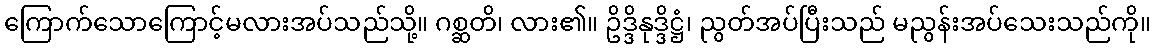
ကြောက်သောကြောင့်မလားအပ်သည်သို့။ ဂစ္ဆတိ၊ လား၏။ ဥိဒ္ဒိနုဒ္ဒိဋ္ဌံ၊ ညွတ်အပ်ပြီးသည် မညွန်းအပ်သေးသည်ကို။